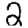
Digit: 2